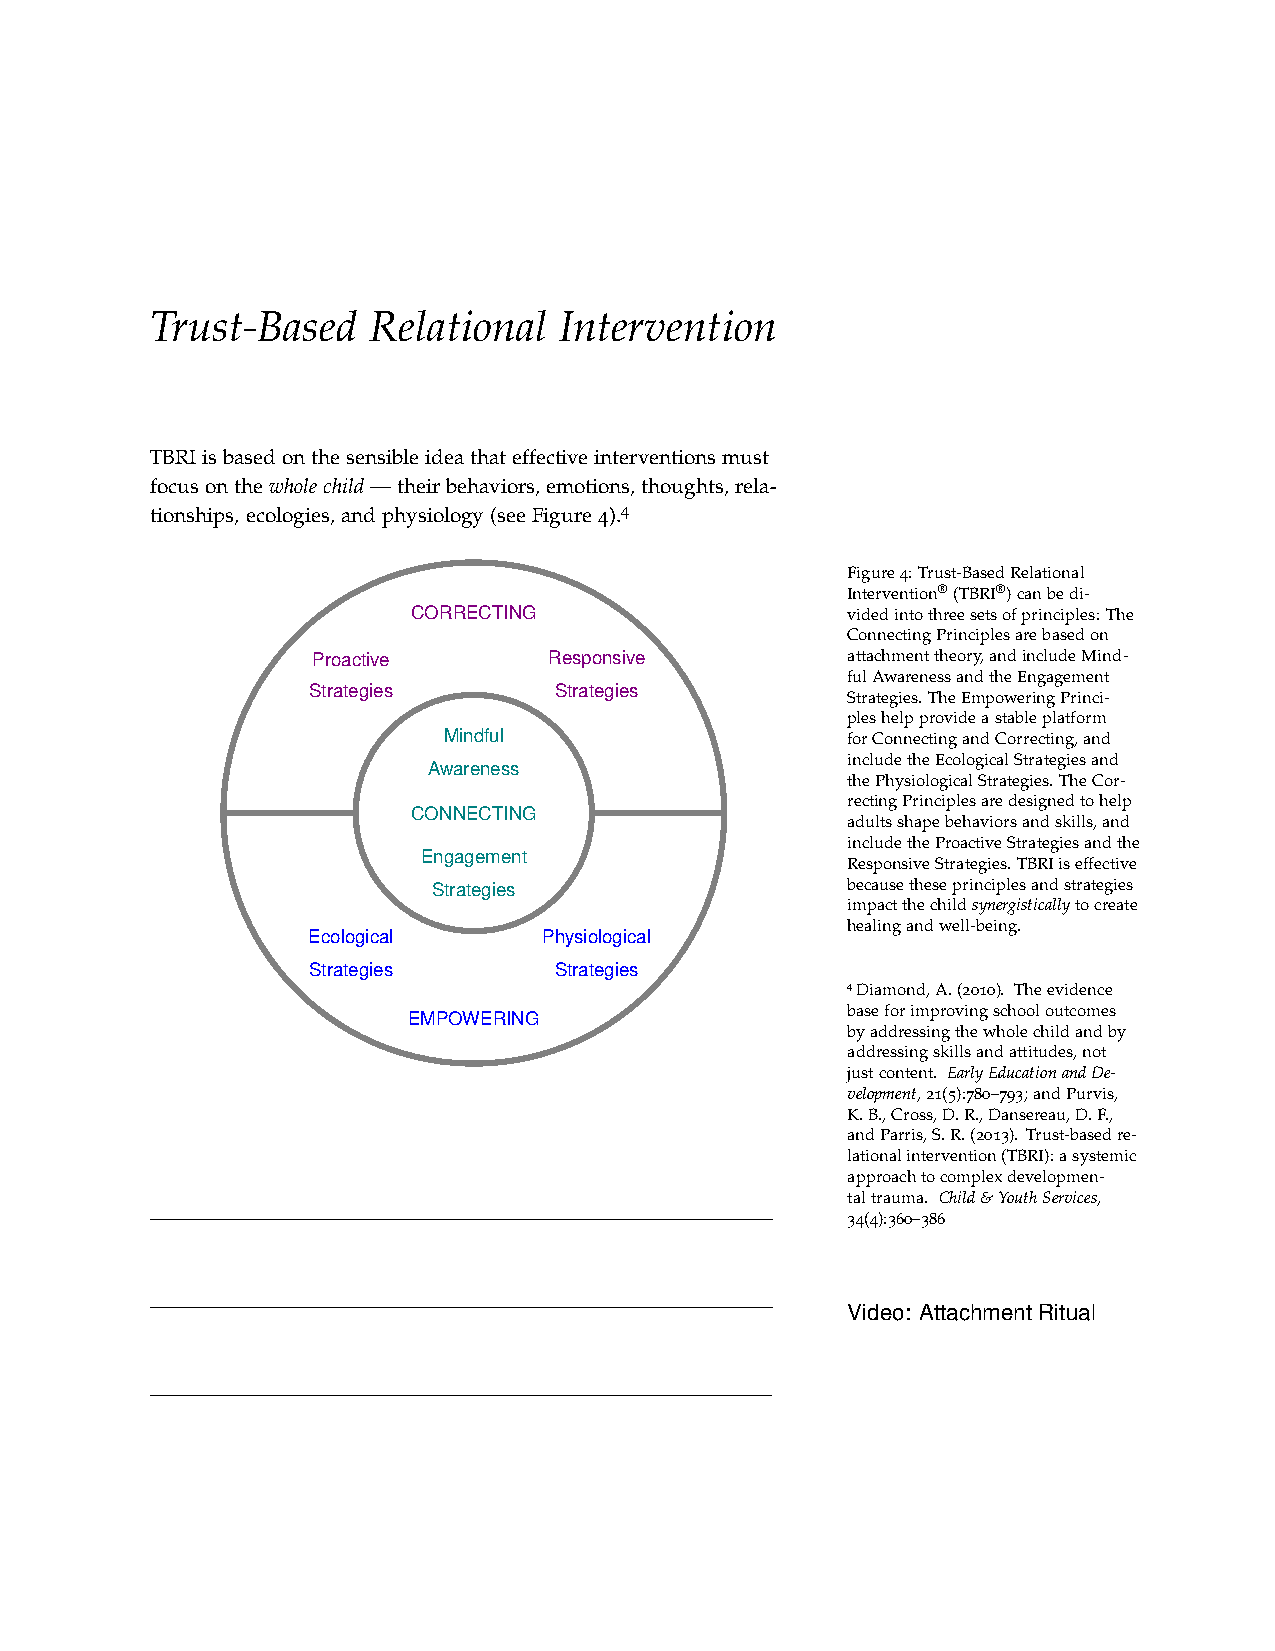
Trust-Based   Relational   Intervention
 TBRIisbasedonthesensibleideathateffectiveinterventionsmust
 focusonthewholechild—theirbehaviors,emotions,thoughts,rela-
 tionships,ecologies,andphysiology(seeFigure4).4
 Figure4:Trust-BasedRelational
 Intervention®(TBRI®)canbedi-
 CORRECTING                   videdintothreesetsofprinciples:The
 ConnectingPrinciplesarebasedon
 Proactive      Responsive          attachmenttheory,andincludeMind-
 fulAwarenessandtheEngagement
 Strategies       Strategies
 Strategies.TheEmpoweringPrinci-
 pleshelpprovideastableplatform
 Mindful                    forConnectingandCorrecting,and
 includetheEcologicalStrategiesand
 Awareness
 thePhysiologicalStrategies.TheCor-
 rectingPrinciplesaredesignedtohelp
 CONNECTING
 adultsshapebehaviorsandskills,and
 includetheProactiveStrategiesandthe
 Engagement
 ResponsiveStrategies.TBRIiseffective
 Strategies                 becausetheseprinciplesandstrategies
 impactthechildsynergisticallytocreate
 healingandwell-being.
 Ecological      Physiological
 Strategies       Strategies
 4Diamond,A.(2010). Theevidence
 baseforimprovingschooloutcomes
 EMPOWERING
 byaddressingthewholechildandby
 addressingskillsandattitudes,not
 justcontent. EarlyEducationandDe-
 velopment,21(5):780–793;andPurvis,
 K.B.,Cross,D.R.,Dansereau,D.F.,
 andParris,S.R.(2013). Trust-basedre-
 lationalintervention(TBRI):asystemic
 approachtocomplexdevelopmen-
 taltrauma. Child&YouthServices,
 34(4):360–386
 Video: AttachmentRitual